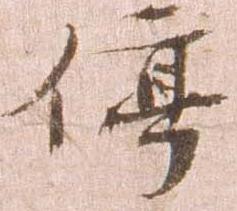
停